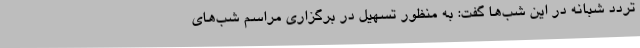
تردد شبانه در این شب‌ها گفت: به منظور تسهیل در برگزاری مراسم شب‌های